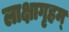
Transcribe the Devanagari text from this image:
लाक्षागृहम्